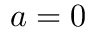
a = 0